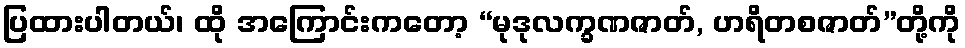
ပြထားပါတယ်၊ ထို အကြောင်းကတော့ “မုဒုလက္ခဏဇာတ်, ဟရိတစဇာတ်”တို့ကို